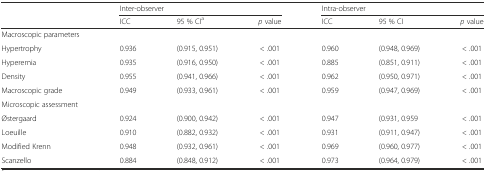
<table><thead><tr><td></td><td colspan="3"><b>Inter-observer</b></td><td colspan="3"><b>Intra-observer</b></td></tr><tr><td></td><td><b>ICC</b></td><td><b>95 % CI<sup>a</sup></b></td><td><b><i>p</i> value</b></td><td><b>ICC</b></td><td><b>95 % CI</b></td><td><b><i>p</i> value</b></td></tr></thead><tbody><tr><td>Macroscopic parameters</td><td></td><td></td><td></td><td></td><td></td><td></td></tr><tr><td>Hypertrophy</td><td>0.936</td><td>(0.915, 0.951)</td><td>&lt; .001</td><td>0.960</td><td>(0.948, 0.969)</td><td>&lt; .001</td></tr><tr><td>Hyperemia</td><td>0.935</td><td>(0.916, 0.950)</td><td>&lt; .001</td><td>0.885</td><td>(0.851, 0.911)</td><td>&lt; .001</td></tr><tr><td>Density</td><td>0.955</td><td>(0.941, 0.966)</td><td>&lt; .001</td><td>0.962</td><td>(0.950, 0.971)</td><td>&lt; .001</td></tr><tr><td>Macroscopic grade</td><td>0.949</td><td>(0.933, 0.961)</td><td>&lt; .001</td><td>0.959</td><td>(0.947, 0.969)</td><td>&lt; .001</td></tr><tr><td>Microscopic assessment</td><td></td><td></td><td></td><td></td><td></td><td></td></tr><tr><td>Østergaard</td><td>0.924</td><td>(0.900, 0.942)</td><td>&lt; .001</td><td>0.947</td><td>(0.931, 0.959</td><td>&lt; .001</td></tr><tr><td>Loeuille</td><td>0.910</td><td>(0.882, 0.932)</td><td>&lt; .001</td><td>0.931</td><td>(0.911, 0.947)</td><td>&lt; .001</td></tr><tr><td>Modified Krenn</td><td>0.948</td><td>(0.932, 0.961)</td><td>&lt; .001</td><td>0.969</td><td>(0.960, 0.977)</td><td>&lt; .001</td></tr><tr><td>Scanzello</td><td>0.884</td><td>(0.848, 0.912)</td><td>&lt; .001</td><td>0.973</td><td>(0.964, 0.979)</td><td>&lt; .001</td></tr></tbody></table>